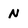
Character: N